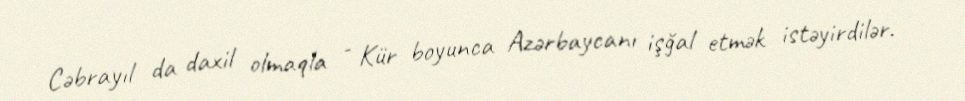
Cəbrayıl da daxil olmaqla - Kür boyunca Azərbaycanı işğal etmək istəyirdilər.